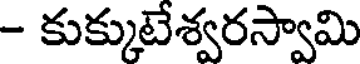
- కుక్కుటేశ్వరస్వామి